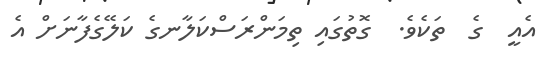
އެއީ  ގެ  ތަކެވެ.  ގޮތުގައި ތިމަންރަސްކަލާނގެ ކަލޭގެފާނަށް އެ